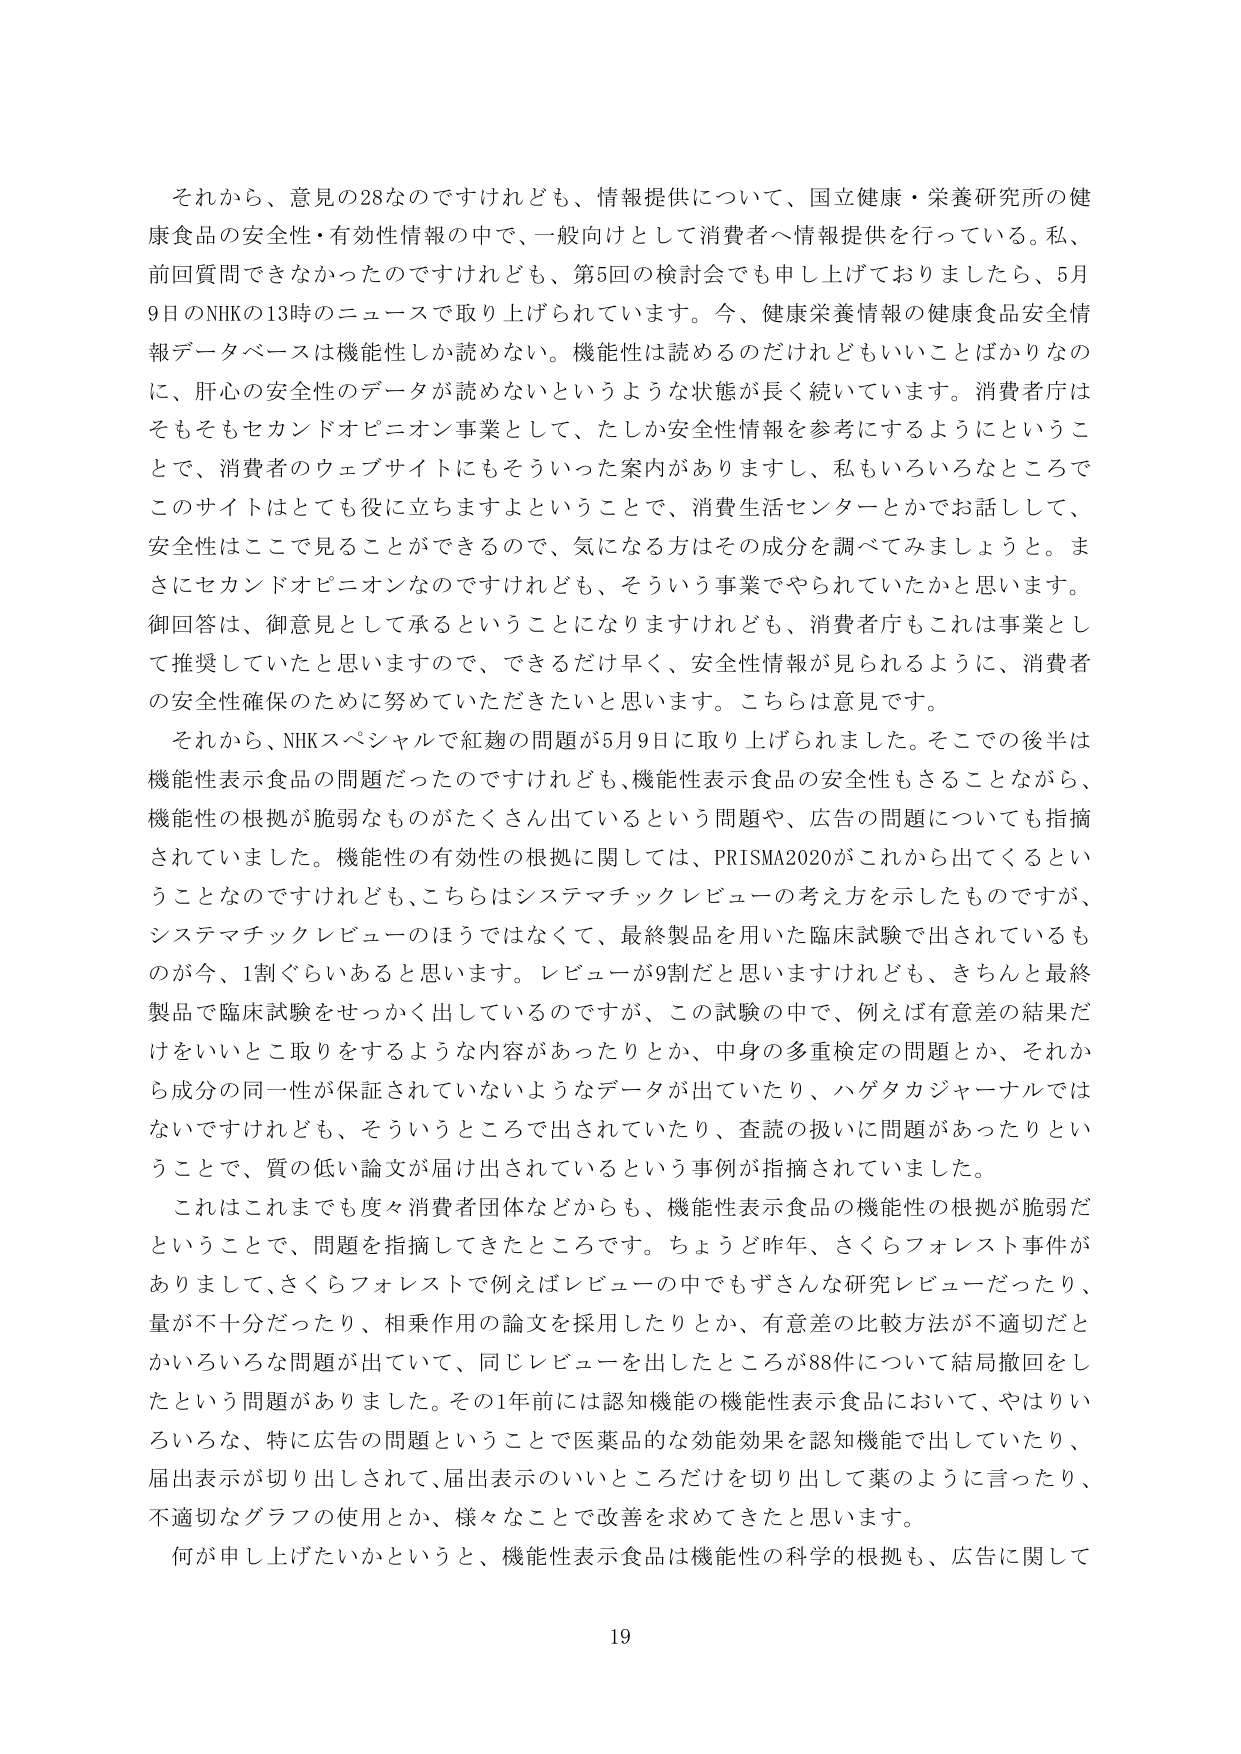
それから、意見の28なのですけれども、情報提供について、国立健康・栄養研究所の健康食品の安全性・有効性情報の中で、一般向けとして消費者へ情報提供を行っている。私、前回質問できなかったのですけれども、第5回の検討会でも申し上げておりましたら、5月9日のNHKの13時のニュースで取り上げられています。今、健康栄養情報の健康食品安全情報データベースは機能性しか読めない。機能性は読めるのだけれどもいいことばかりなのに、肝心の安全性のデータが読めないというような状態が長く続いています。消費者庁はそもそもセカンドオピニオン事業として、たしか安全性情報を参考にするようにということで、消費者のウェブサイトにもそういった案内がありますし、私もいろいろなところでこのサイトはとても役に立ちますよということで、消費生活センターとかでお話しして、安全性はここで見ることができるので、気になる方はその成分を調べてみましょうと。まさにセカンドオピニオンなのですけれども、そういう事業でやられていたかと思います。御回答は、御意見として承るということになりますけれども、消費者庁もこれは事業として推奨していたと思いますので、できるだけ早く、安全性情報が見られるように、消費者の安全性確保のために努めていただきたいと思います。こちらは意見です。

それから、NHKスペシャルで紅麹の問題が5月9日に取り上げられました。そこでの後半は機能性表示食品の問題だったのですけれども、機能性表示食品の安全性もさることながら、機能性の根拠が脆弱なものが多く出ているという問題や、広告の問題についても指摘されていました。機能性の有効性の根拠に関しては、PRISMA2020がこれから出てくるということなのですけれども、こちらはシステマティックレビューの考え方を示したものですが、システマティックレビューのほうではなくて、最終製品を用いた臨床試験で出されているものが今、1割ぐらいあると思います。レビューが9割だと思いますけれども、きちんと最終製品で臨床試験をせっかく出しているのですが、この試験の中で、例えば有意差の結果だけをいいとこ取りをするような内容があったりとか、中身の多重検定の問題とか、それから成分の同一性が保証されていないようなデータが出ていたり、ハゲタカジャーナルではないですけれども、そういうところで出されていたり、査読の扱いに問題があったりということで、質の低い論文が届け出されているという事例が指摘されていました。

これはこれまでも度々消費者団体などからも、機能性表示食品の機能性の根拠が脆弱だということで、問題を指摘してきたところです。ちょうど昨年、さくらフォレスト事件がありましたして、さくらフォレストで例えばレビューの中でもずさんな研究レビューだったり、量が不十分だったり、相乗作用の論文を採用したりとか、有意差の比較方法が不適切とかいろいろな問題が出ていて、同じレビューを出したところが88件について結局撤回をしたという問題がありました。その1年前には認知機能の機能性表示食品において、やはりいろいろな、特に広告の問題ということで医薬品的な効能効果を認知機能で出していたり、届出表示が切り出しされて、届出表示のいいところだけを切り出して薬のように言ったり、不適切なグラフの使用とか、様々なことで改善を求めてきたと思います。

何が申し上げたいかというと、機能性表示食品は機能性の科学的根拠も、広告に関して

19